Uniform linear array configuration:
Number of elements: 16
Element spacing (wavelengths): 0.5
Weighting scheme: uniform
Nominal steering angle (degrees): -60
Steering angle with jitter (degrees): -58.989
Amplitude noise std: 0.05
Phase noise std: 0.05

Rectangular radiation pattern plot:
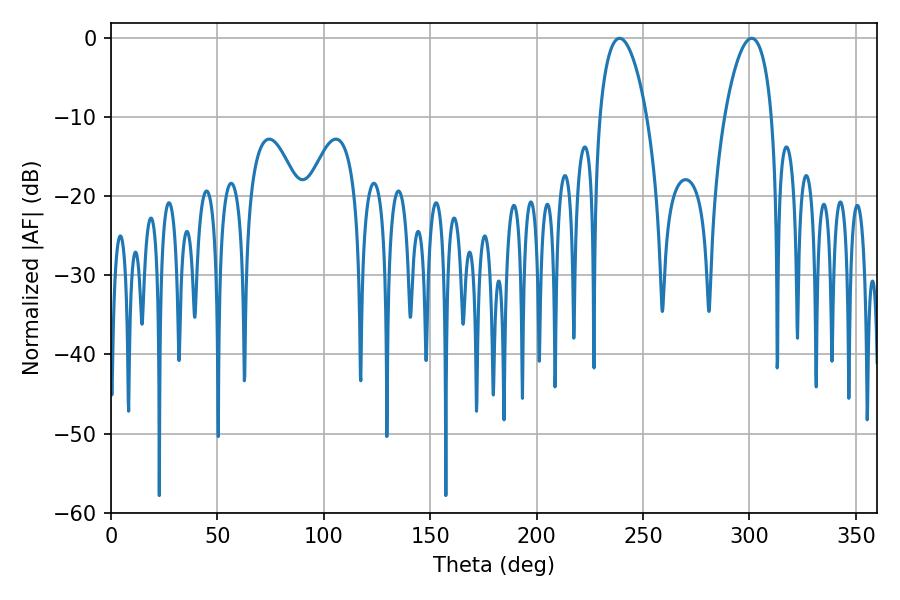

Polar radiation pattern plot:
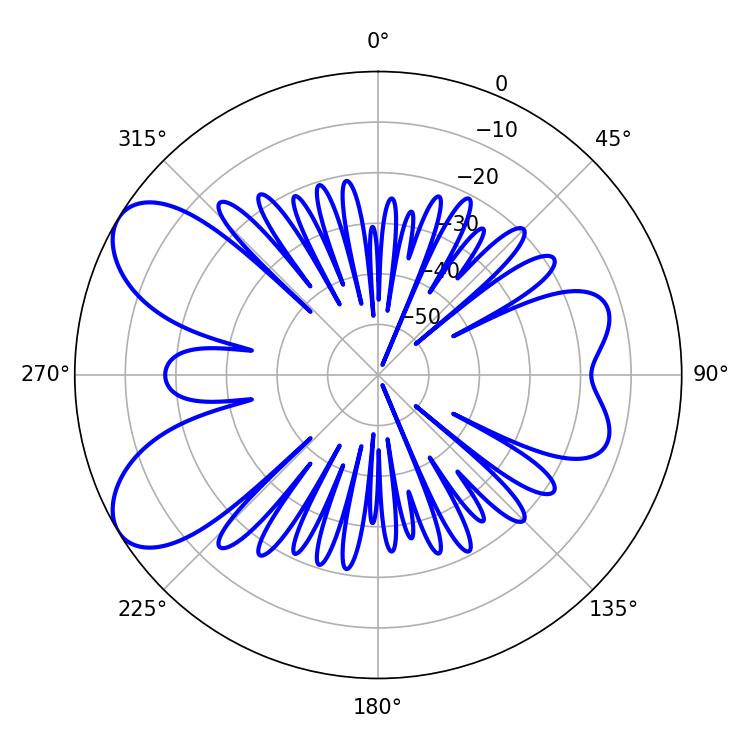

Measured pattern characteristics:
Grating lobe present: FALSE
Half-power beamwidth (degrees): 12.42
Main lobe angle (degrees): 239.04